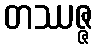
တဿဇ္ဇ